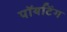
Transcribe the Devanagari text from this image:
पॉयटिंग